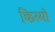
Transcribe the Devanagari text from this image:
किस्मो